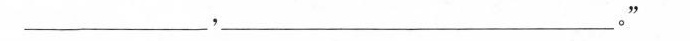
___，___。”